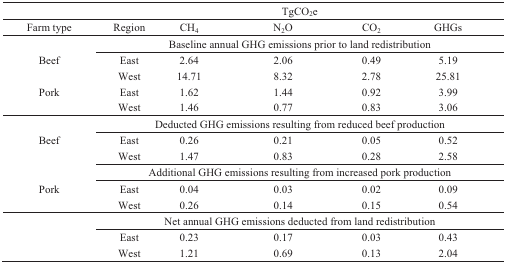
<table><thead><tr><td></td><td colspan="5"><b>TgCO<sub>2</sub>e</b></td></tr><tr><td><b>Farm type</b></td><td><b>Region</b></td><td><b>CH<sub>4</sub></b></td><td><b>N<sub>2</sub>O</b></td><td><b>CO<sub>2</sub></b></td><td><b>GHGs</b></td></tr></thead><tbody><tr><td></td><td colspan="5">Baseline annual GHG emissions prior to land redistribution</td></tr><tr><td>Beef</td><td>East</td><td>2.64</td><td>2.06</td><td>0.49</td><td>5.19</td></tr><tr><td></td><td>West</td><td>14.71</td><td>8.32</td><td>2.78</td><td>25.81</td></tr><tr><td>Pork</td><td>East</td><td>1.62</td><td>1.44</td><td>0.92</td><td>3.99</td></tr><tr><td></td><td>West</td><td>1.46</td><td>0.77</td><td>0.83</td><td>3.06</td></tr><tr><td></td><td colspan="5">Deducted GHG emissions resulting from reduced beef production</td></tr><tr><td>Beef</td><td>East</td><td>0.26</td><td>0.21</td><td>0.05</td><td>0.52</td></tr><tr><td></td><td>West</td><td>1.47</td><td>0.83</td><td>0.28</td><td>2.58</td></tr><tr><td></td><td colspan="5">Additional GHG emissions resulting from increased pork production</td></tr><tr><td>Pork</td><td>East</td><td>0.04</td><td>0.03</td><td>0.02</td><td>0.09</td></tr><tr><td></td><td>West</td><td>0.26</td><td>0.14</td><td>0.15</td><td>0.54</td></tr><tr><td></td><td colspan="5">Net annual GHG emissions deducted from land redistribution</td></tr><tr><td></td><td>East</td><td>0.23</td><td>0.17</td><td>0.03</td><td>0.43</td></tr><tr><td></td><td>West</td><td>1.21</td><td>0.69</td><td>0.13</td><td>2.04</td></tr></tbody></table>